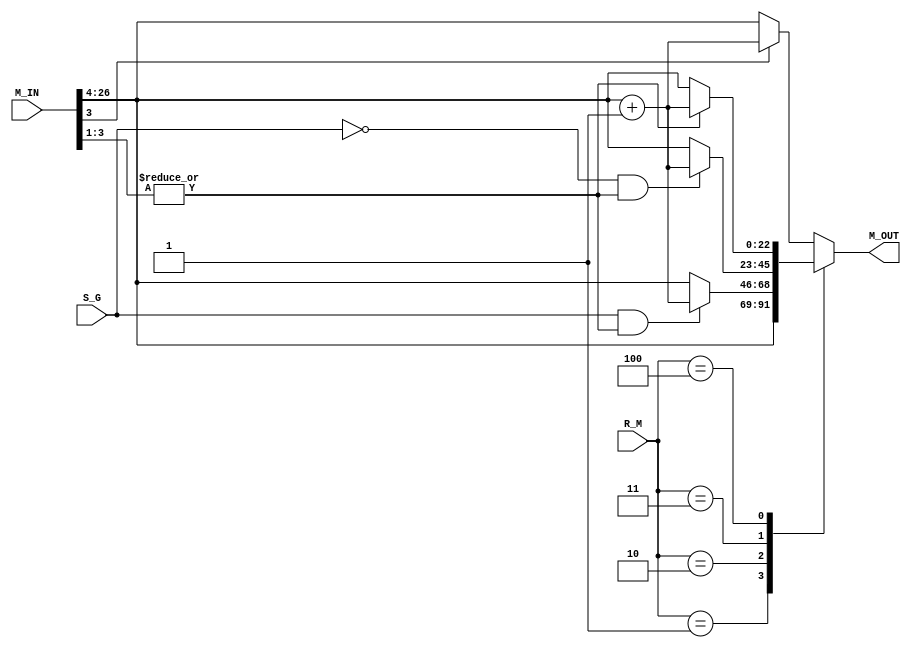
module round
(
    input               S_G,
    input       [27:0]  M_IN,
    input       [2:0]   R_M,        // rounding mode 
    output reg  [22:0]  M_OUT
);
    
wire sticky =  |M_IN[3:1];

always @(*) begin
    case (R_M)
        3'b000: begin                                   // Round to Nearest, ties to Even
            if (M_IN[3])     M_OUT = M_IN[26:4] + 1'b1;
            else             M_OUT = M_IN[26:4];
        end

        3'b001: begin                                   // Round towards Zero
            M_OUT = M_IN[26:4];
        end
        
        3'b010: begin                                   // Round Down (towards Infinity)
            if (S_G & sticky)   M_OUT = M_IN[26:4] + 1'b1;
            else                M_OUT = M_IN[26:4];
        end

        3'b011: begin                                   // Round Up (towards +Infinity)
            if ((!S_G) & sticky)    M_OUT = M_IN[26:4] + 1'b1;
            else                    M_OUT = M_IN[26:4];
        end

        3'b100: begin                                   // Round to Nearest, ties to Max Magnitude
            if (sticky)             M_OUT = M_IN[26:4] + 1'b1;
            else                    M_OUT = M_IN[26:4];
        end

        default: begin
            if (M_IN[3])     M_OUT = M_IN[26:4] + 1'b1;
            else             M_OUT = M_IN[26:4];
        end
    endcase
end

// assign M_OUT = (M_IN[3:0] < 4'b1000)? M_IN[26:4] 
//              : (M_IN[26:4] + 1'b1 ) ;                   // round if >= 8

endmodule //round